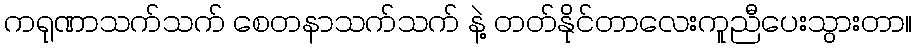
ကရုဏာသက်သက် စေတနာသက်သက် နဲ့ တတ်နိုင်တာလေးကူညီပေးသွားတာ။